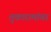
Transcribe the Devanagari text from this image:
तुकारामांवर